Lunatic asylums Madras 1877-1891 - 1877-1891
Year: 1877
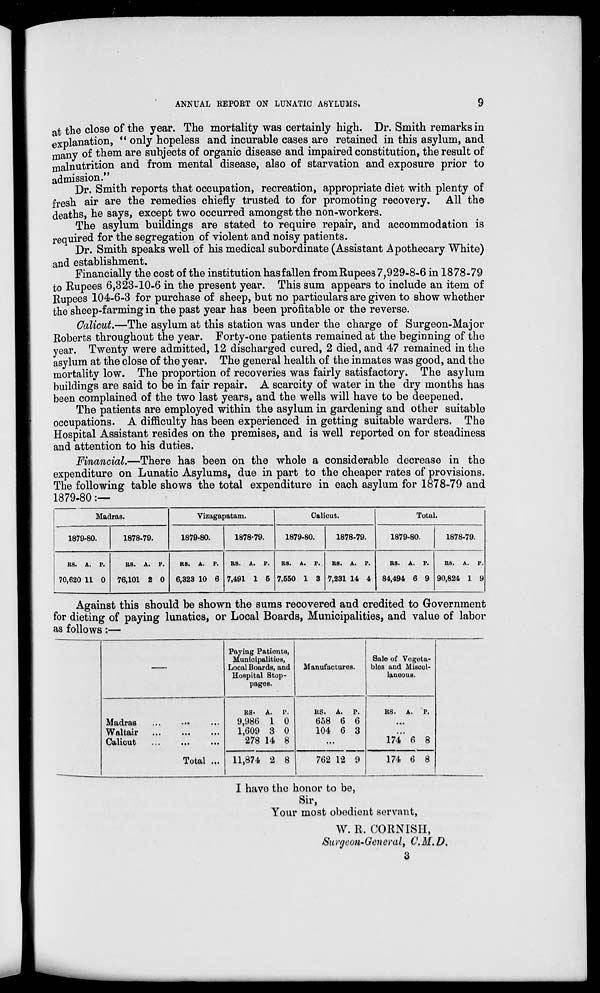
9
ANNUAL REPORT ON LUNATIC ASYLUMS.
at the close of the year. The mortality was certainly high. Dr. Smith remarks in
explanation, "only hopeless and incurable cases are retained in this asylum, and
many of them are subjects of organic disease and impaired constitution, the result of
malnutrition and from mental disease, also of starvation and exposure prior to
admission."
Dr. Smith reports that occupation, recreation, appropriate diet with plenty of
fresh air are the remedies chiefly trusted to for promoting recovery. All the
deaths, he says, except two occurred amongst the non-workers.
The asylum buildings are stated to require repair, and accommodation is
required for the segregation of violent and noisy patients.
Dr. Smith speaks well of his medical subordinate (Assistant Apothecary White)
and establishment.
Financially the cost of the institution hasfallen from Rupees 7,929-8-6 in 1878-79
to Rupees 6,323-10-6 in the present year. This sum appears to include an item of
Rupees 104-6-3 for purchase of sheep, but no particulars are given to show whether
the sheep-farming in the past year has been profitable or the reverse.
Calicut.—The asylum at this station was under the charge of Surgeon-Major
Roberts throughout the year. Forty-one patients remained at the beginning of the
year. Twenty were admitted, 12 discharged cured, 2 died, and 47 remained in the
asylum at the close of the year. The general health of the inmates was good, and the
mortality low. The proportion of recoveries was fairly satisfactory. The asylum
buildings are said to be in fair repair. A scarcity of water in the dry months has
been complained of the two last years, and the wells will have to be deepened.
The patients are employed within the asylum in gardening and other suitable
occupations. A difficulty has been experienced in getting suitable warders. The
Hospital Assistant resides on the premises, and is well reported on for steadiness
and attention to his duties.
Financial.—There has been on the whole a considerable decrease in the
expenditure on Lunatic Asylums, due in part to the cheaper rates of provisions.
The following table shows the total expenditure in each asylum for 1878-79 and
1879-80:—
Madras.
1879-80.
Rs.
70,620
A.
11
P.
0
1878-79.
Rs.
76,101
A.
2
P.
0
Vizagapatam.
1879-80.
Rs.
6,323
A.
10
P.
6
1878-79.
Rs.
7,491
A.
1
P.
5
Calicut.
1879-80.
Rs.
7,550
A.
1
P.
3
1878-79.
Rs.
7,231
A.
14
P.
4
Total.
1879-80.
Rs.
84,494
A.
6
P.
9
1878-79.
Rs.
90,824
A.
1
P.
9
Against this should be shown the sums recovered and credited to Government
for dieting of paying lunatics, or Local Boards, Municipalities, and value of labor
as follows:—
—
Madras ... ... ...
Waltair ... ... ...
Calicut ... ... ...
Total ...
Paying Patients,
Municipalities,
Local Boards, and
Hospital Stop-
pages.
Rs.
9,986
1,609
278
11,874
A.
1
3
14
2
P.
0
0
8
8
Manufactures.
Rs.
658
104
A.
6
6
P.
6
3
...
762 12 9
Sale of Vegeta-
bles and Miscel-
laneous.
Rs. A.
P.
...
...
174
174
6
6
8
8
I have the honor to be,
Sir,
Your most obedient servant,
W. R. CORNISH,
Surgeon-General, C.M.D.
3